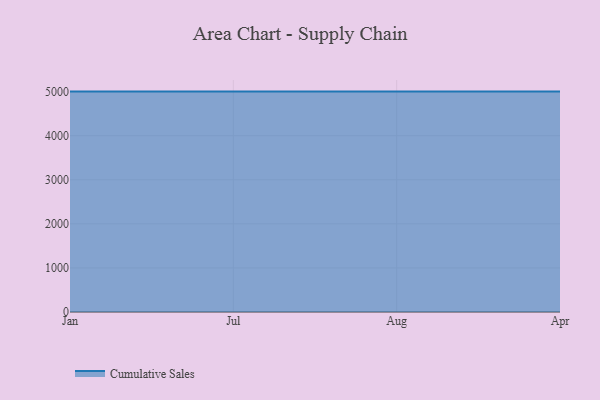
{"axis": {"x": "Month", "y": "Customer Acquisition Cost (USD)"}, "legend": ["Cumulative Sales"], "data": [{"x": "Jan", "y": 5000, "type": "Cumulative Sales"}, {"x": "Jul", "y": 5000, "type": "Cumulative Sales"}, {"x": "Aug", "y": 5000, "type": "Cumulative Sales"}, {"x": "Apr", "y": 5000, "type": "Cumulative Sales"}]}